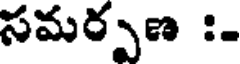
సమర్పణ :-